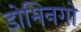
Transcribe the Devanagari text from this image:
डोमिनगो